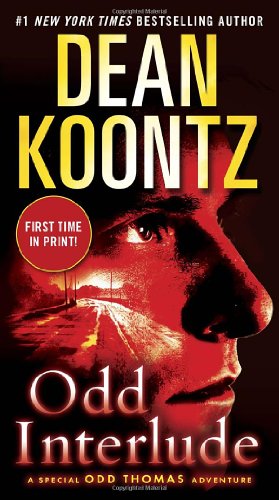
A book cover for Odd Interlude: A Special Odd Thomas Adventure; Dean Koontz; Mystery, Thriller & Suspense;